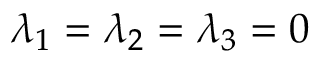
\lambda _ { 1 } = \lambda _ { 2 } = \lambda _ { 3 } = 0